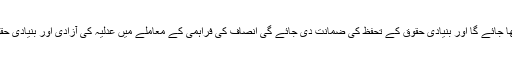
(ب) شہریوں کے بنیادی حقوق کو برقرار رکھا جائے گا اور بنیادی حقوق کے تحفظ کی ضمانت دی جائے گی انصاف کی فراہمی کے معاملے میں عدلیہ کی آزادی اور بنیادی حقوق کے نفاذ کے تحفظ کو یقینی بنایا جائے گا۔